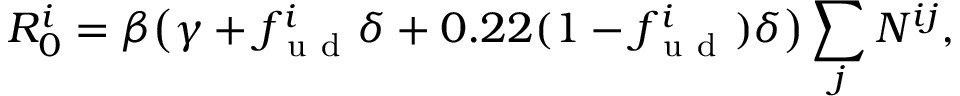
R _ { 0 } ^ { i } = \beta \big ( \gamma + f _ { \mathrm { ~ u ~ d ~ } } ^ { i } \delta + 0 . 2 2 ( 1 - f _ { \mathrm { ~ u ~ d ~ } } ^ { i } ) \delta \big ) \sum _ { j } N ^ { i j } ,